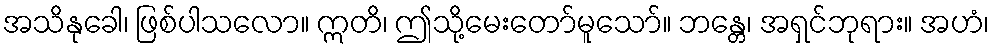
အသိနုခေါ၊ ဖြစ်ပါသလော။ ဣတိ၊ ဤသို့မေးတော်မူသော်။ ဘန္တေ၊ အရှင်ဘုရား။ အဟံ၊